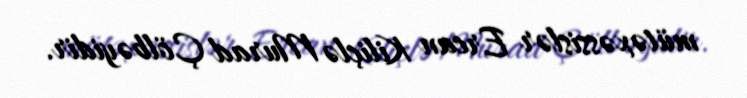
mütəxəssislər Ercan Kiliçlə Murad Çölbəyidir.